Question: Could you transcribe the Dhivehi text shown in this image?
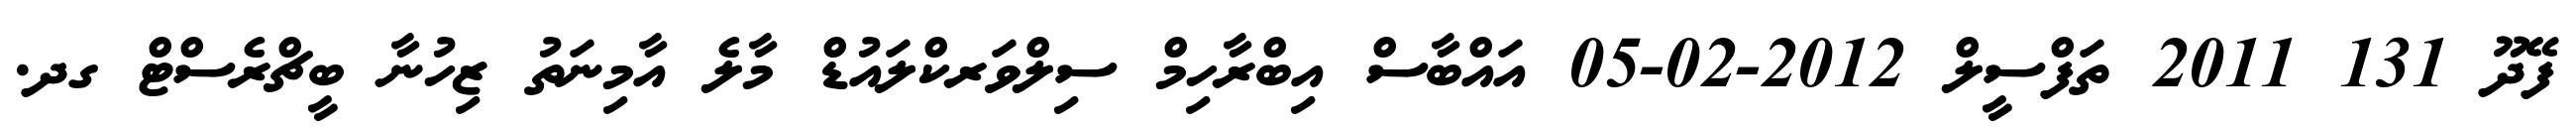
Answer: ފޭދޫ 131 2011 ތަފްސީލް 2012-02-05 އައްބާސް އިބްރާހިމް ސިލްވަރކްލައުޑް މާލެ އާމިނަތު ޒިހުނާ ބީޗްރެސްޓް ގދ.